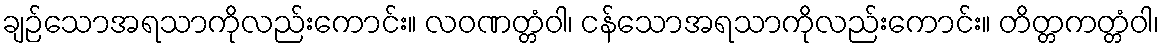
ချဉ်သောအရသာကိုလည်းကောင်း။ လဝဏတ္တံဝါ၊ ငန်သောအရသာကိုလည်းကောင်း။ တိတ္တကတ္တံဝါ၊